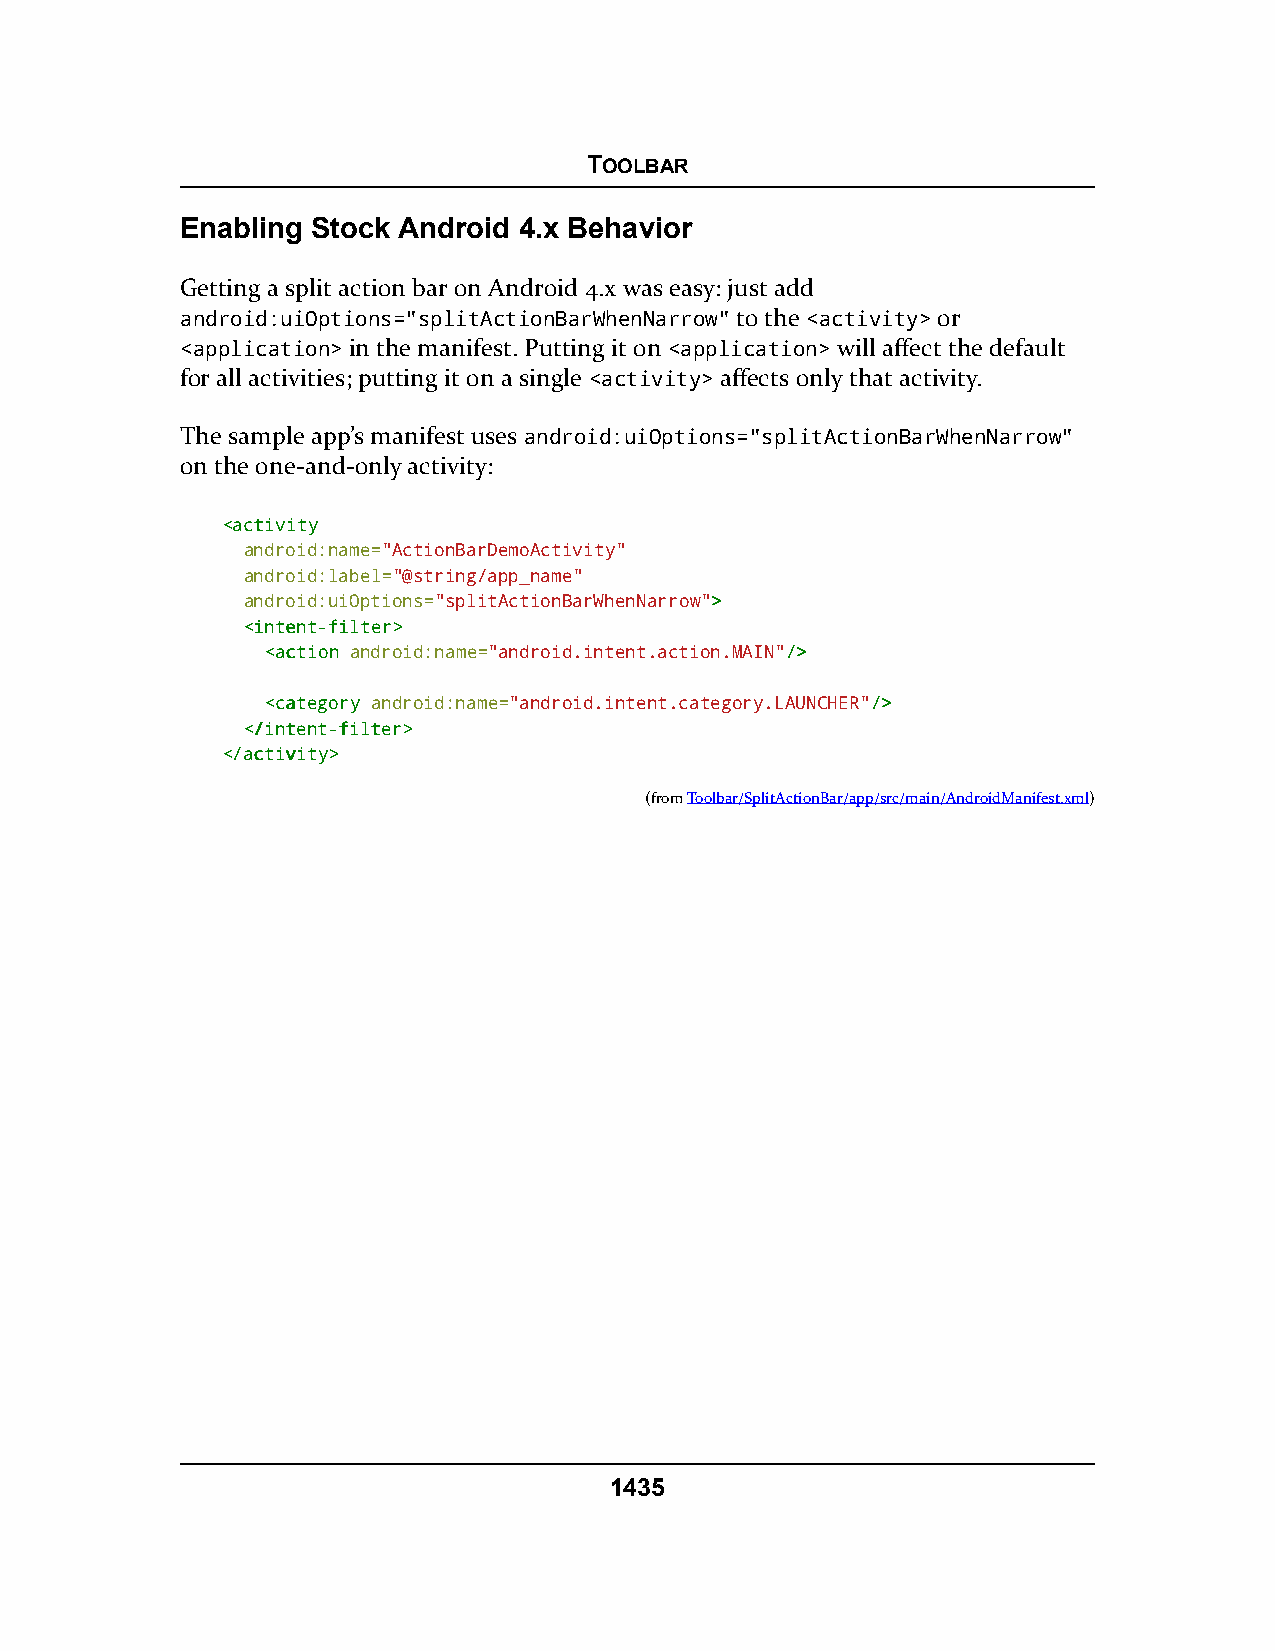
TOOLBAR
 Enabling Stock Android 4.x Behavior
 Getting a split action bar on Android 4.x was easy: just add
 android:uiOptions="splitActionBarWhenNarrow" to the <activity> or
 <application> in the manifest. Putting it on <application> will affect the default
 for all activities; putting it on a single <activity> affects only that activity.
 The sample app’s manifest uses android:uiOptions="splitActionBarWhenNarrow"
 on the one-and-only activity:
 <<aaccttiivviittyy
 android:name="ActionBarDemoActivity"
 android:label="@string/app_name"
 android:uiOptions="splitActionBarWhenNarrow">>
 <<iinntteenntt--ffiilltteerr>>
 <<aaccttiioonn android:name="android.intent.action.MAIN"//>>
 <<ccaatteeggoorryy android:name="android.intent.category.LAUNCHER"//>>
 <<//iinntteenntt--ffiilltteerr>>
 <<//aaccttiivviittyy>>
 (fromToolbar/SplitActionBar/app/src/main/AndroidManifest.xml)
 1435